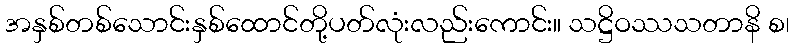
အနှစ်တစ်သောင်းနှစ်ထောင်တို့ပတ်လုံးလည်းကောင်း။ သဋ္ဌိဝဿသတာနိ စ၊